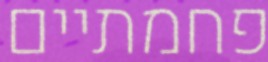
פחמתיים